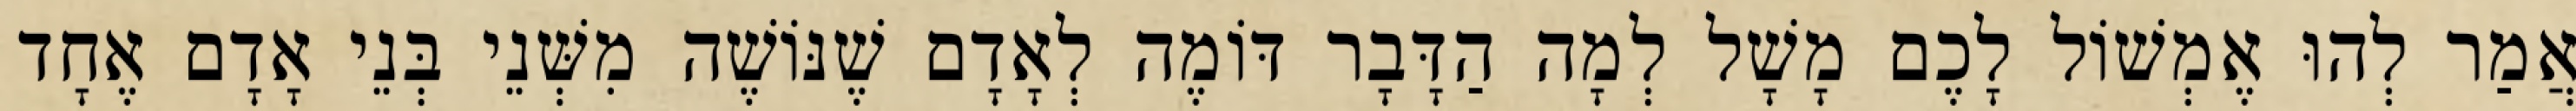
אֲמַר לְהוּ אֶמְשׁוֹל לָכֶם מָשָׁל לְמָה הַדָּבָר דּוֹמֶה לְאָדָם שֶׁנּוֹשֶׁה מִשְּׁנֵי בְּנֵי אָדָם אֶחָד